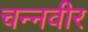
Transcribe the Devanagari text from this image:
चन्नवीर